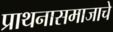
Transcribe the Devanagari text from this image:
प्राथनासमाजाचे